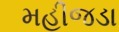
મહીજડા